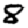
Digit: 8